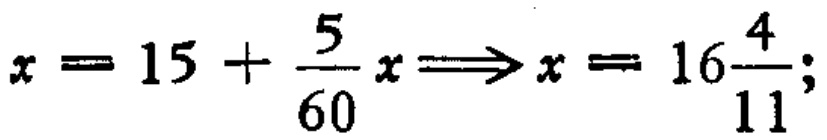
\(x = 15 + \frac{5}{60}x\Longrightarrow x = 16\frac{4}{11};\)